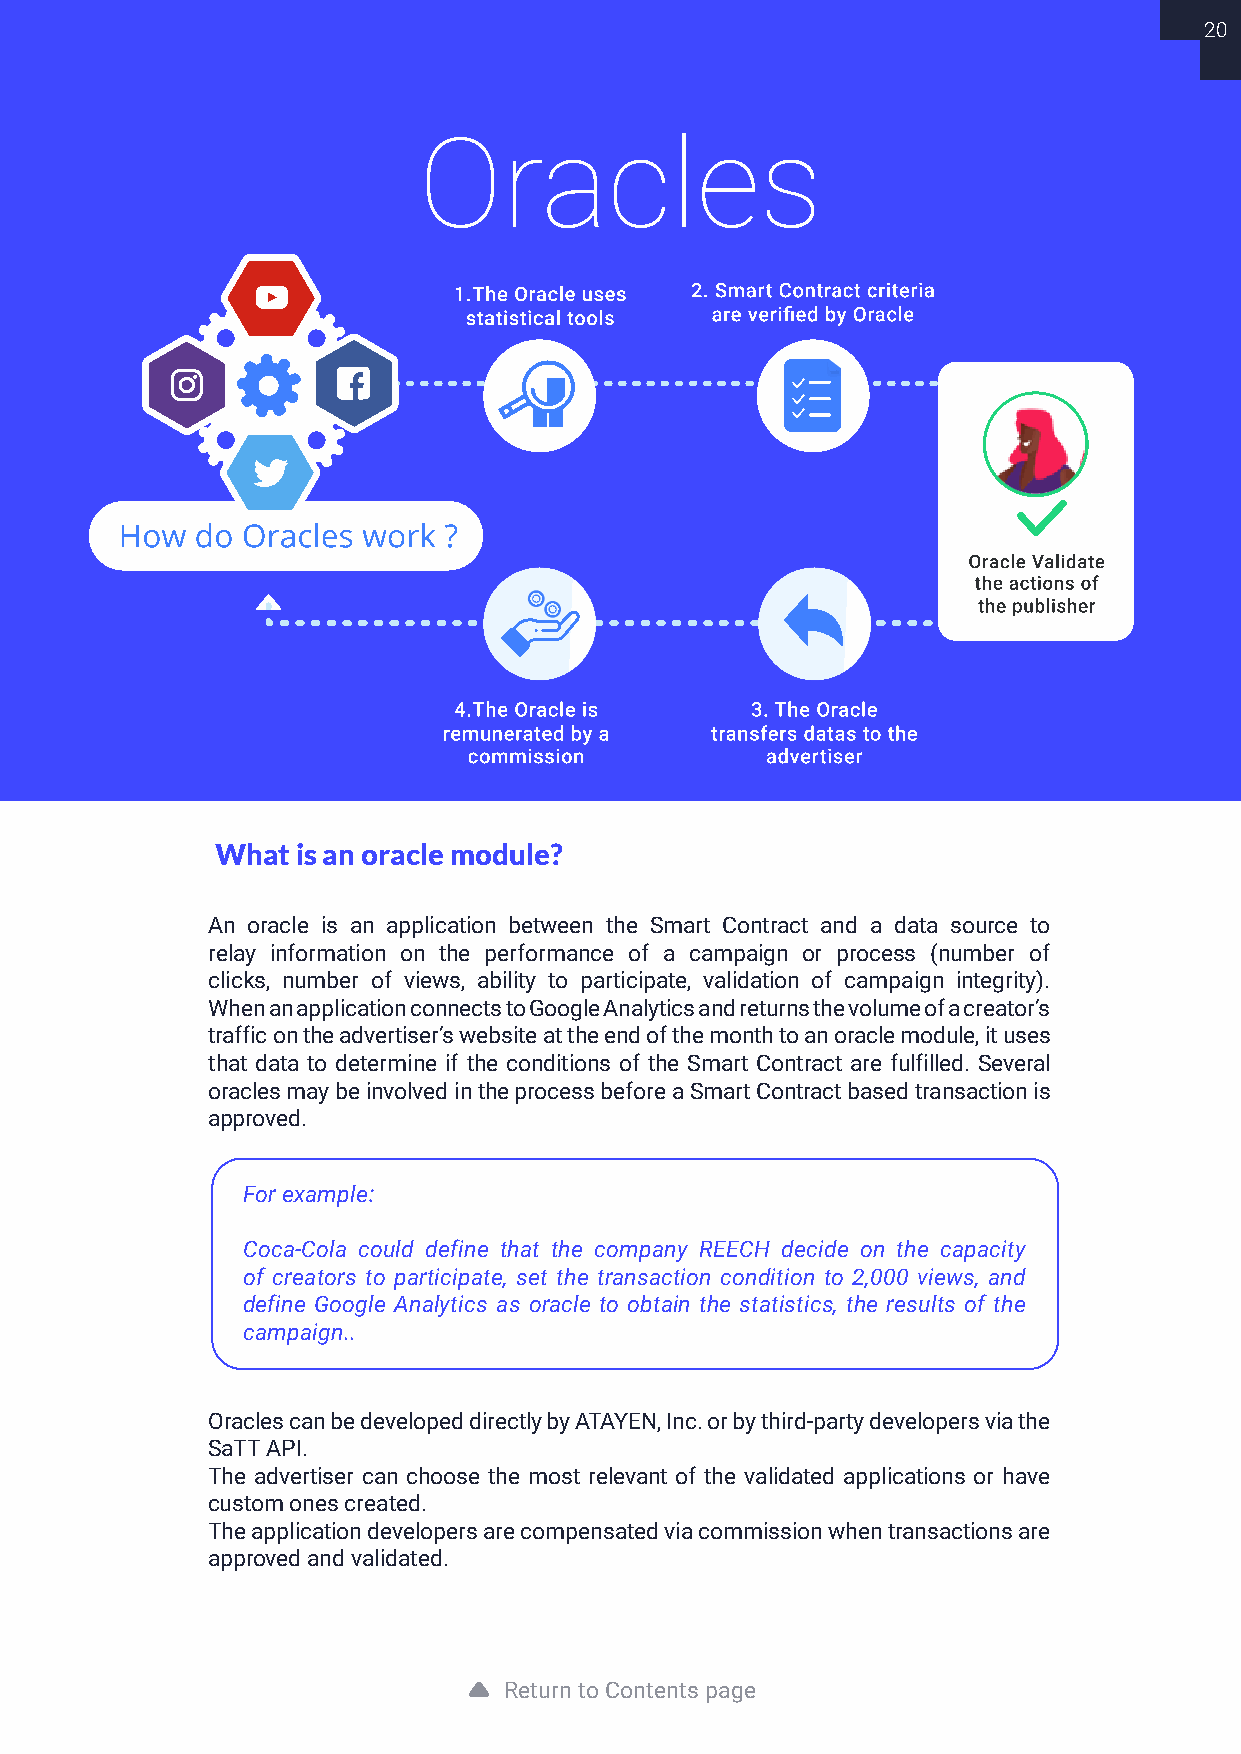
20
 Oracles
 1.The Oracle uses 2. Smart Contract criteria
 statistical tools are verifed by Oracle
 How  do Oracles work ?
 Oracle Validate
 the actions of
 the eublisher
 4.The Oracle is     3. The Oracle
 remunerated by a  transfers datas to the
 commission          advertiser
 What  is an oracle module?
 An oracle is an application between the Smart Contract and a data source to
 relay information on the performance of a campaign or process (number of
 clicks, number of views, ability to participate, validation of campaign integrity).
 When an application connects to Google Analytics and returns the volume of a creator’s
 traffic on the advertiser’s website at the end of the month to an oracle module, it uses
 that data to determine if the conditions of the Smart Contract are fulfilled. Several
 oracles may be involved in the process before a Smart Contract based transaction is
 approved.
 For example:
 Coca-Cola could define that the company REECH decide on the capacity
 of creators to participate, set the transaction condition to 2,000 views, and
 define Google Analytics as oracle to obtain the statistics, the results of the
 campaign..
 Oracles can be developed directly by ATAYEN, Inc. or by third-party developers via the
 SaTT API.
 The advertiser can choose the most relevant of the validated applications or have
 custom ones created.
 The application developers are compensated via commission when transactions are
 approved and validated.
 Return to Contents page